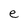
Character: e